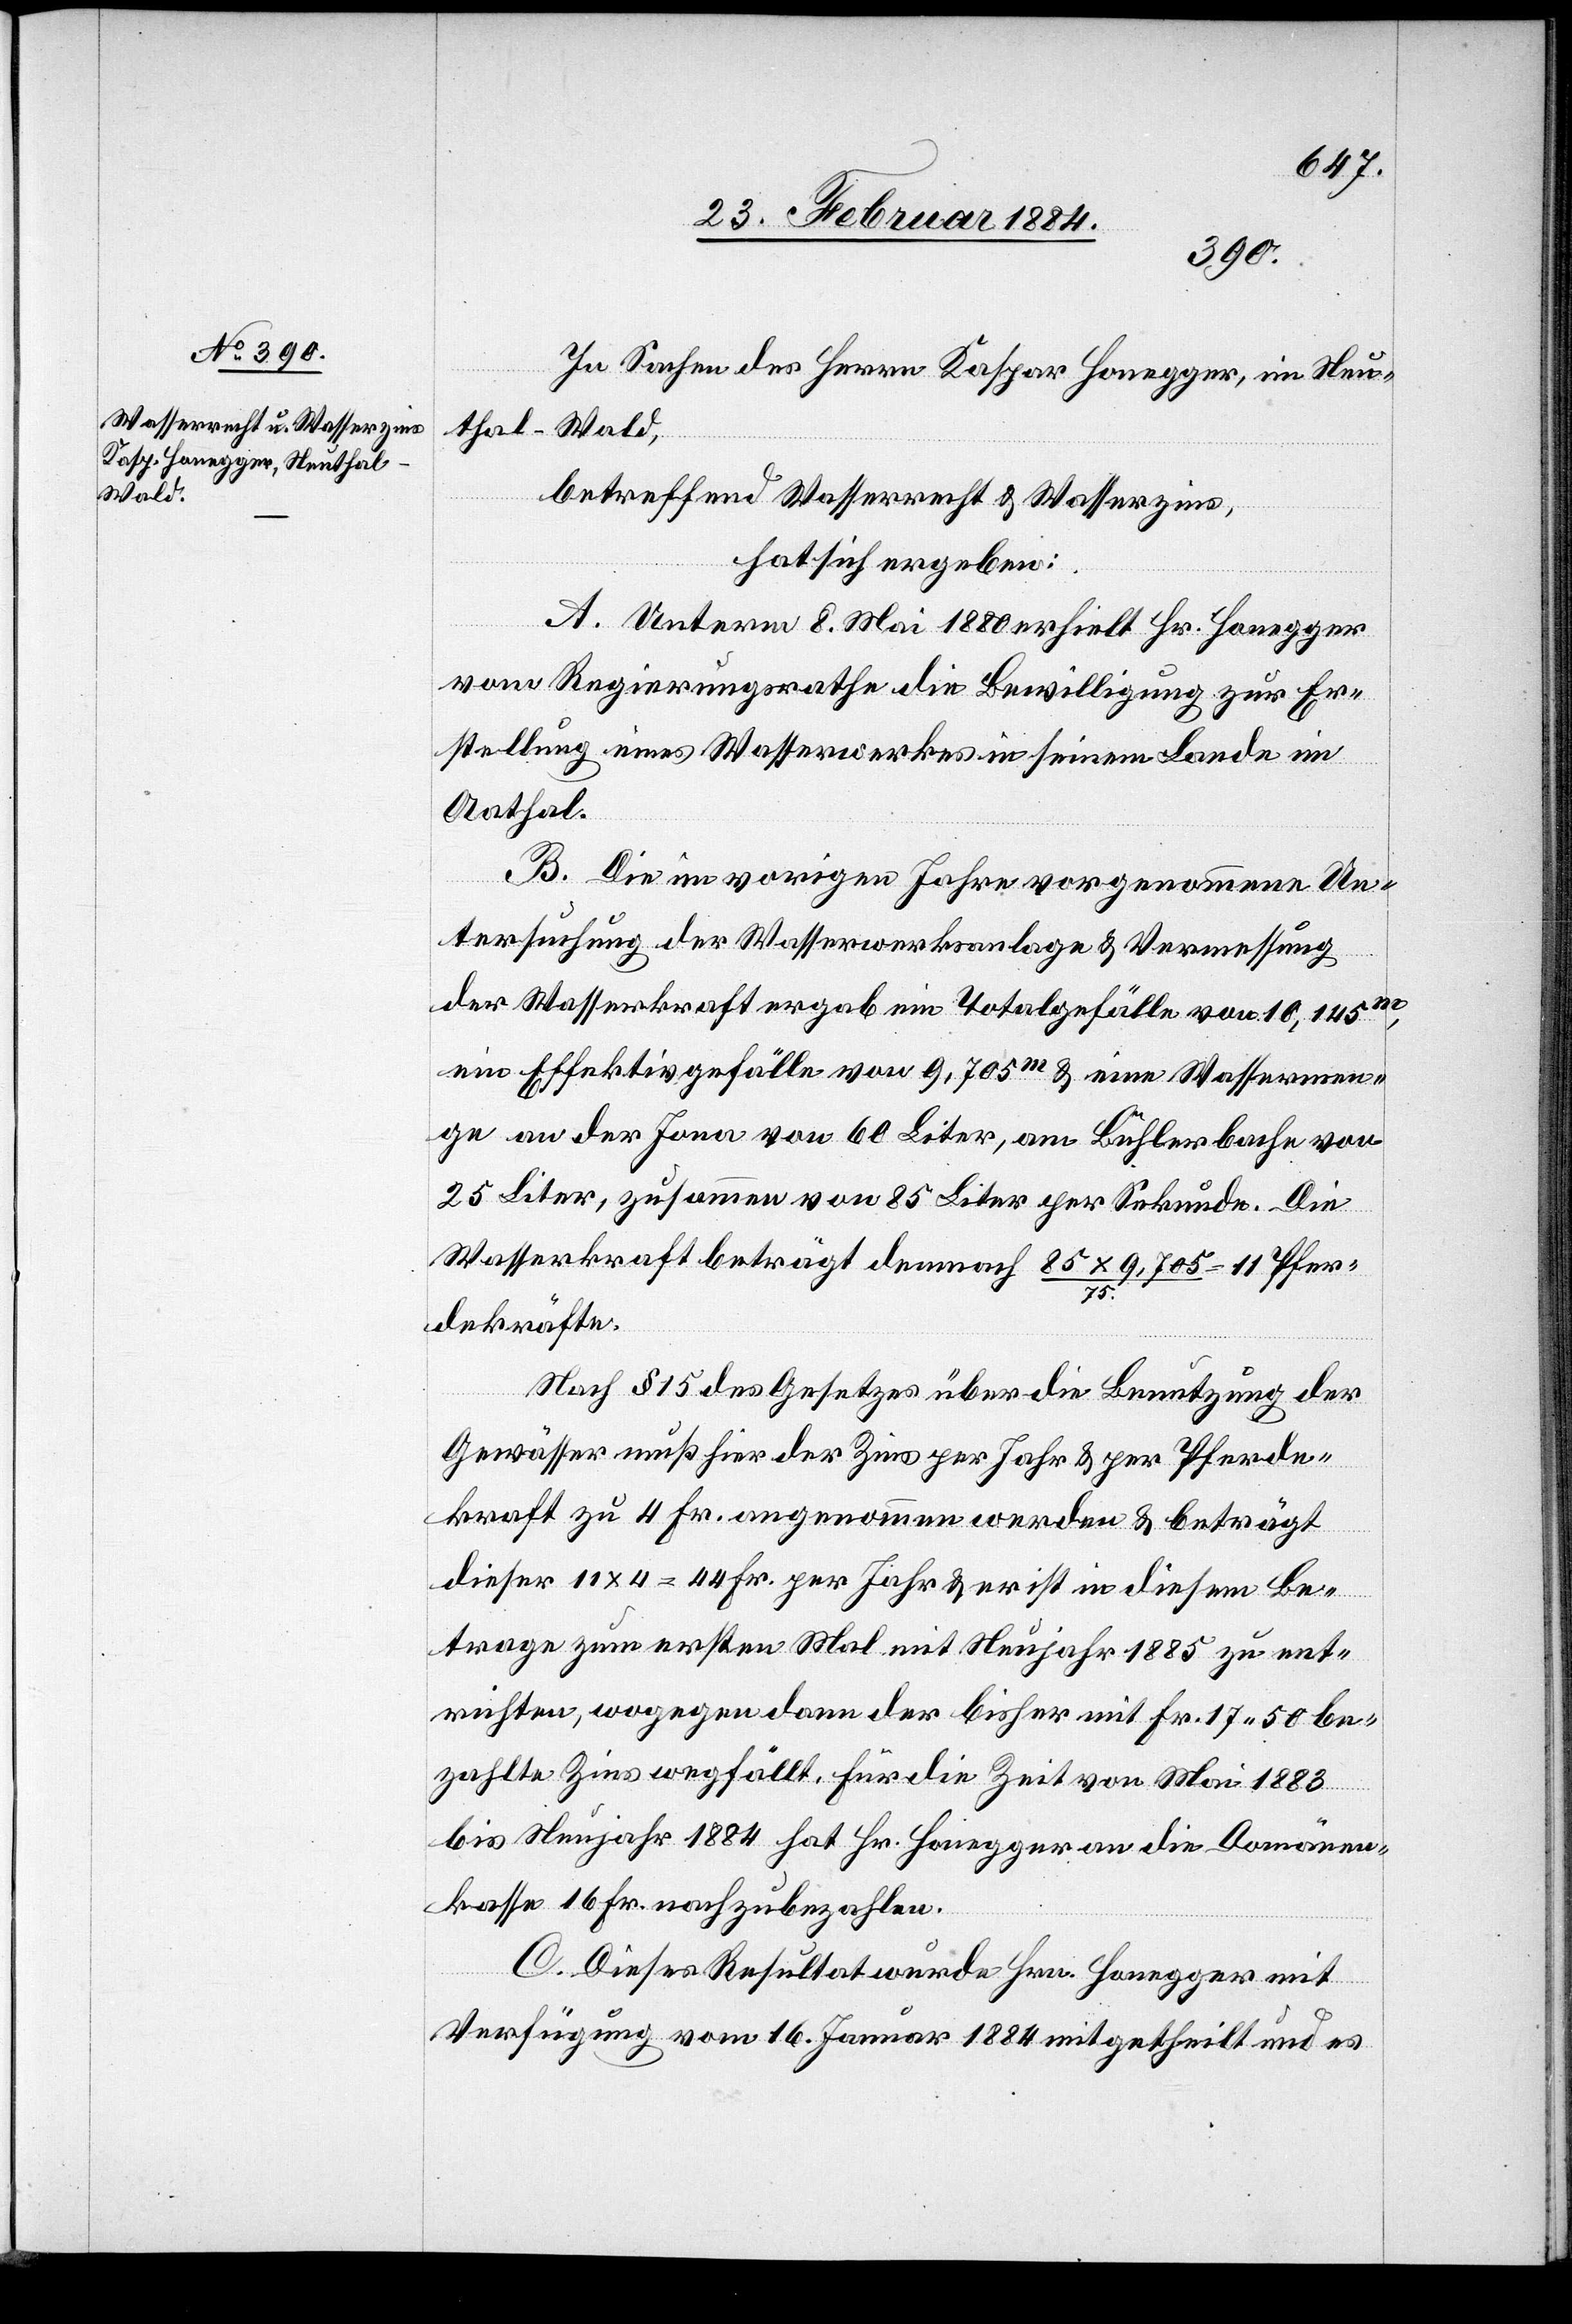
In Sachen des Herrn Kaspar Honegger, in Neu¬
thal - Wald,
betreffend Wasserrecht & Wasserzins,
hat sich ergeben:
A. Unterm 8. Mai 1880 erhielt Hr. Honegger
vom Regierungsrathe die Bewilligung zur Er¬
stellung eines Wasserwerks in seinem Lande im
Aathal.
B. Die im vorigen Jahre vorgenommene Un¬
tersuchung der Wasserwerksanlage & Vermessung
der Wasserkraft ergab ein Totalgefälle von 10,145m,
ein Effektivgefälle von 9,705m & eine Wassermen¬
ge an der Jona von 60 Liter, am Bühlerbache von
25 Liter, zusammen von 86 Liter per Sekunde. Die
Wasserkraft beträgt demnach 85 x 9,705 / 75
Nach § 15 des Gesetzes über die Benutzung der
Gewässer muß hier der Zins per Jahr & per Pferde¬
kraft zu 4 Fr. angenommen werden & beträgt
11
dieser 11 x 4 = 44 Fr. per Jahr & er ist in diesem Be¬
trage zum ersten Mal mit Neujahr 1885 zu ent¬
richten, wogegen dann der bisher mit Fr. 17 50 be¬
zahlte Zins wegfällt. Für die Zeit von Mai 1883
bis Neujahr 1884 hat Hr. Honegger an die Domänen¬
kasse 16 Fr. nachzubezahlen.
C. Dieses Resultat wurde Hrn. Honegger mit
Verfügung vom 16. Januar 1884 mitgetheilt und es